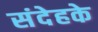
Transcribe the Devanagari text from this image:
संदेहके